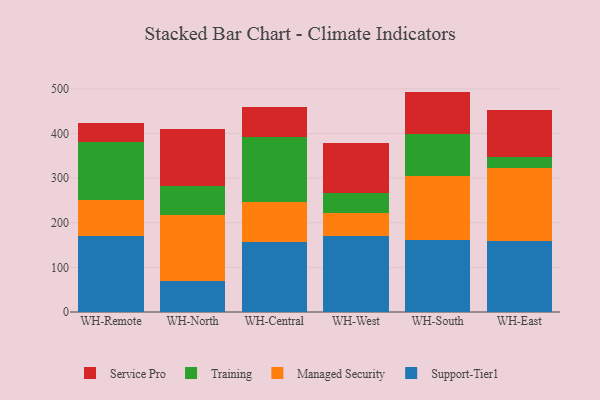
{"axis": {"x": "Warehouse", "y": "Inventory Turnover"}, "legend": ["Managed Security", "Service Pro", "Support-Tier1", "Training"], "data": [{"x": "WH-Remote", "y": 170.3, "type": "Support-Tier1"}, {"x": "WH-Remote", "y": 80.2, "type": "Managed Security"}, {"x": "WH-Remote", "y": 130.1, "type": "Training"}, {"x": "WH-Remote", "y": 43.9, "type": "Service Pro"}, {"x": "WH-North", "y": 68.8, "type": "Support-Tier1"}, {"x": "WH-North", "y": 148.7, "type": "Managed Security"}, {"x": "WH-North", "y": 64.7, "type": "Training"}, {"x": "WH-North", "y": 128.2, "type": "Service Pro"}, {"x": "WH-Central", "y": 156.0, "type": "Support-Tier1"}, {"x": "WH-Central", "y": 91.1, "type": "Managed Security"}, {"x": "WH-Central", "y": 145.1, "type": "Training"}, {"x": "WH-Central", "y": 66.4, "type": "Service Pro"}, {"x": "WH-West", "y": 170.2, "type": "Support-Tier1"}, {"x": "WH-West", "y": 52.5, "type": "Managed Security"}, {"x": "WH-West", "y": 44.2, "type": "Training"}, {"x": "WH-West", "y": 111.2, "type": "Service Pro"}, {"x": "WH-South", "y": 162.0, "type": "Support-Tier1"}, {"x": "WH-South", "y": 141.8, "type": "Managed Security"}, {"x": "WH-South", "y": 95.9, "type": "Training"}, {"x": "WH-South", "y": 94.2, "type": "Service Pro"}, {"x": "WH-East", "y": 159.3, "type": "Support-Tier1"}, {"x": "WH-East", "y": 163.0, "type": "Managed Security"}, {"x": "WH-East", "y": 24.3, "type": "Training"}, {"x": "WH-East", "y": 105.6, "type": "Service Pro"}]}